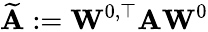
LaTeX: \mathbf{\widetilde A}:=\mathbf{W}^{0,\top}\mathbf{A}\mathbf{W}^{0}